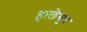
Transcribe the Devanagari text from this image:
हालेयूर